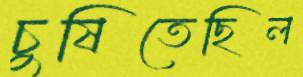
চুষিতেছিল